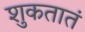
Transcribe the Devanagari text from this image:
शुकतातं